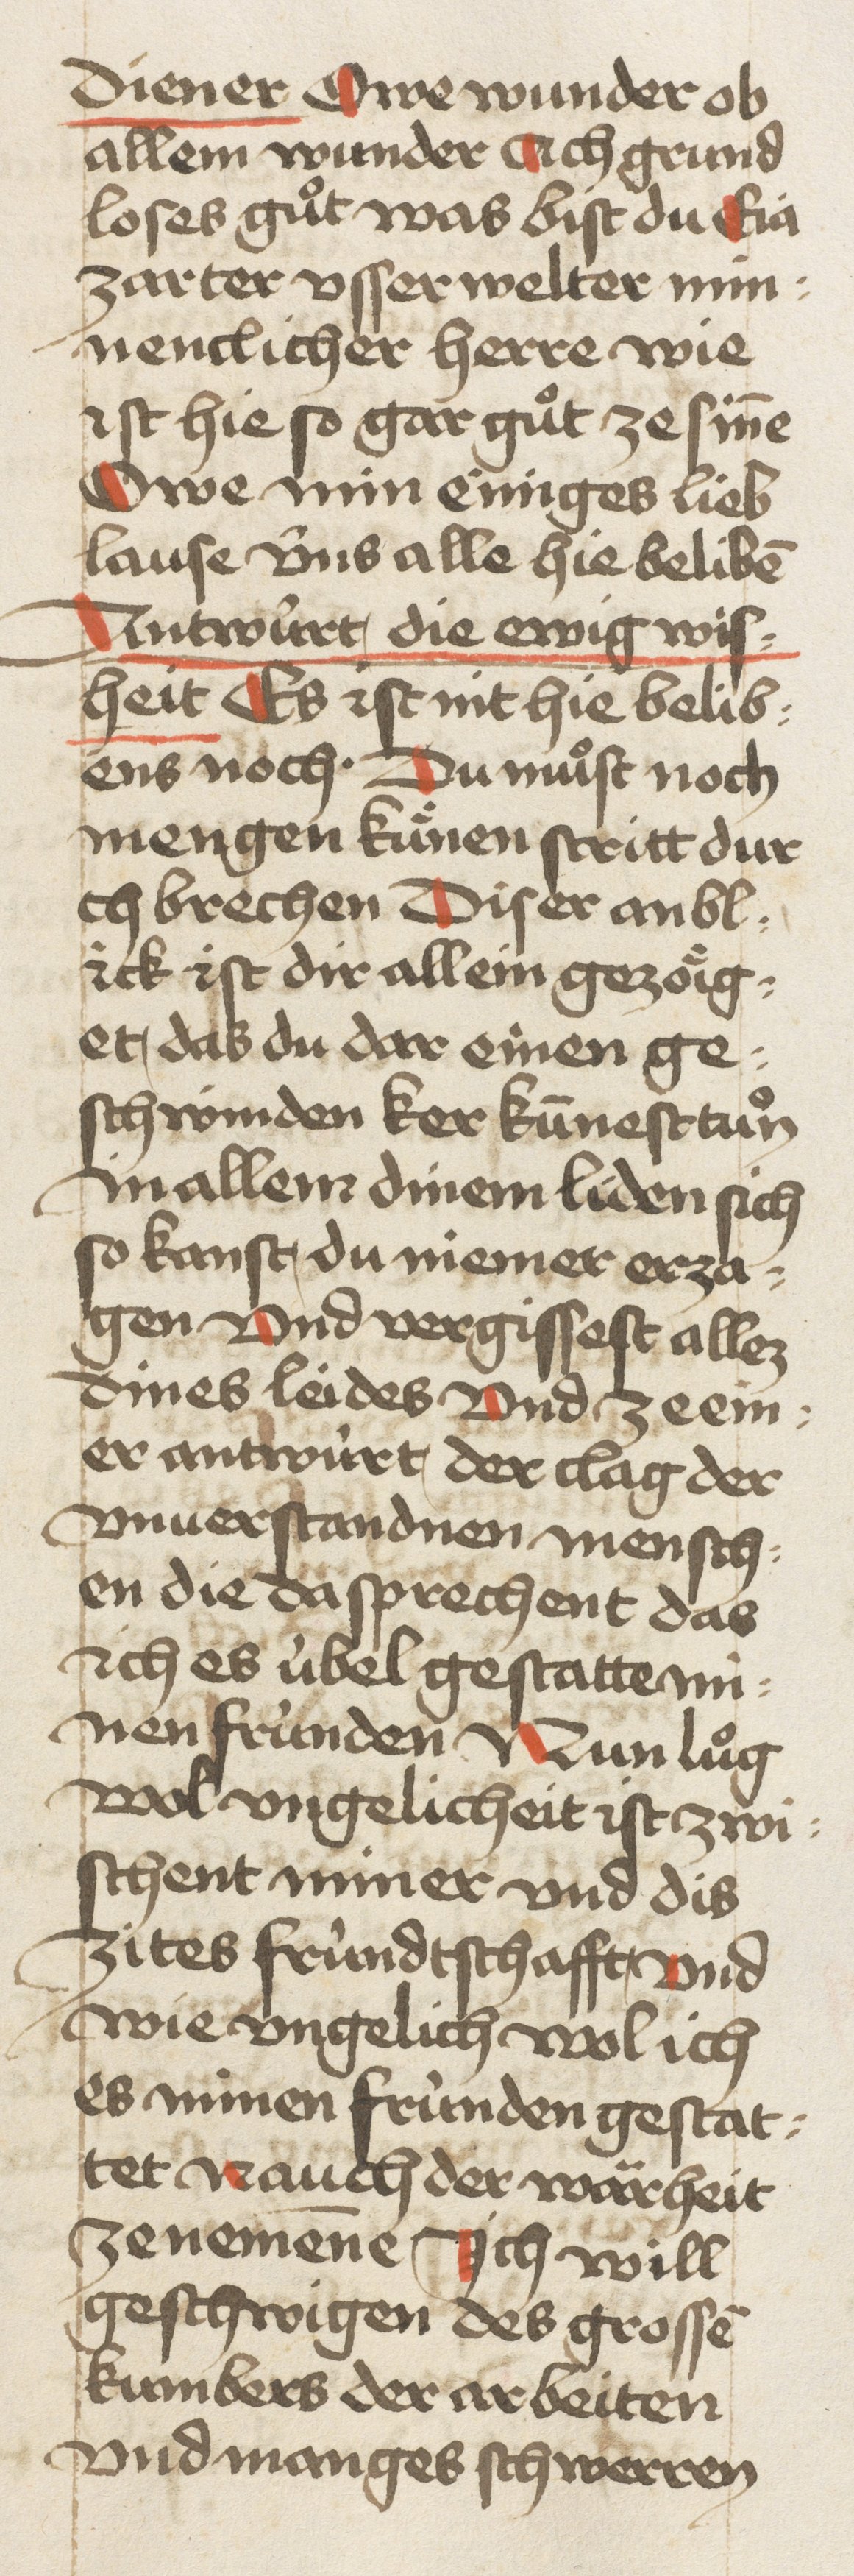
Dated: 1460–1470